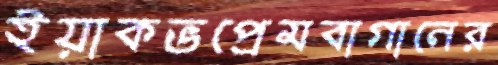
ইয়াকভপ্রেমবাগানের